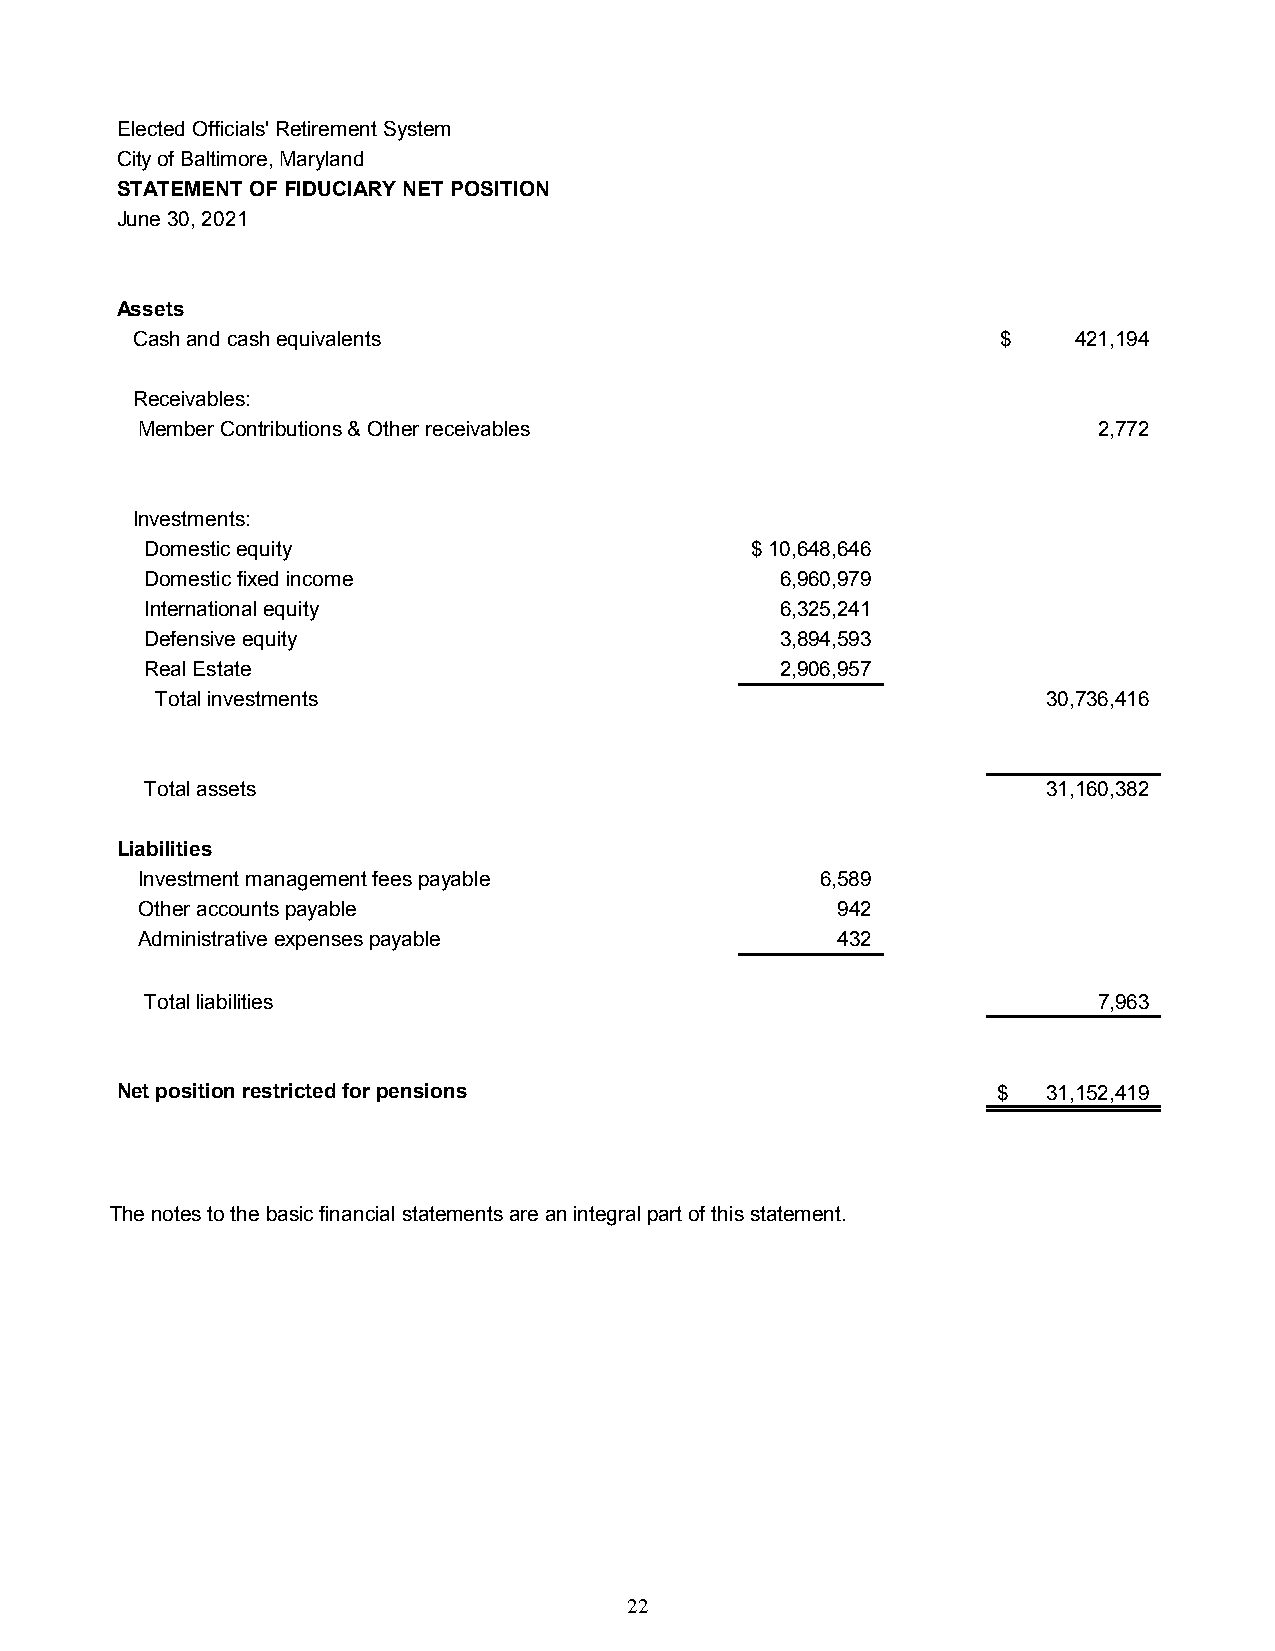
Elected Officials' Retirement System
 City of Baltimore, Maryland
 STATEMENT OF FIDUCIARY NET POSITION
 June 30, 2021
 Assets
 Cash and cash equivalents                                $    4 21,194
 Receivables:
 Member Contributions & Other receivables                        2 ,772
 Investments:
 Domestic equity                         $ 1 0,648,646
 Domestic fixed income                     6 ,960,979
 International equity                      6 ,325,241
 Defensive equity                          3 ,894,593
 Real Estate                               2 ,906,957
 Total investments                                          3 0,736,416
 Total assets                                               3 1,160,382
 Liabilities
 Investment management fees payable           6 ,589
 Other accounts payable                        9 42
 Administrative expenses payable               4 32
 Total liabilities                                              7 ,963
 Net position restricted for pensions                      $  31,152,419
 The notes to the basic financial statements are an integral part of this statement.
 22